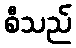
စီသည်